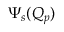
\Psi _ { s } ( Q _ { p } )